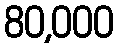
80,000